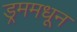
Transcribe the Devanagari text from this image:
ड्रममधून